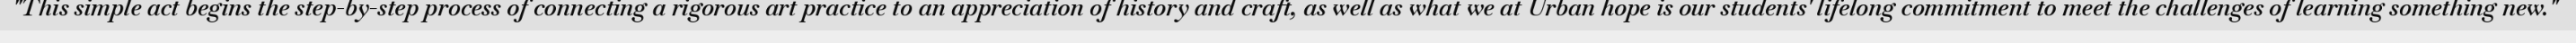
"This simple act begins the step-by-step process of connecting a rigorous art practice to an appreciation of history and craft, as well as what we at Urban hope is our students' lifelong commitment to meet the challenges of learning something new."